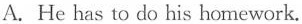
A.He has to do his homework.